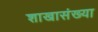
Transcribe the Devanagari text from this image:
शाखासंख्या